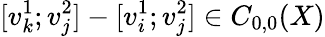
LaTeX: [v_{k}^{1};v_{j}^{2}]-[v_{i}^{1};v_{j}^{2}]\in C_{0,0}(X)